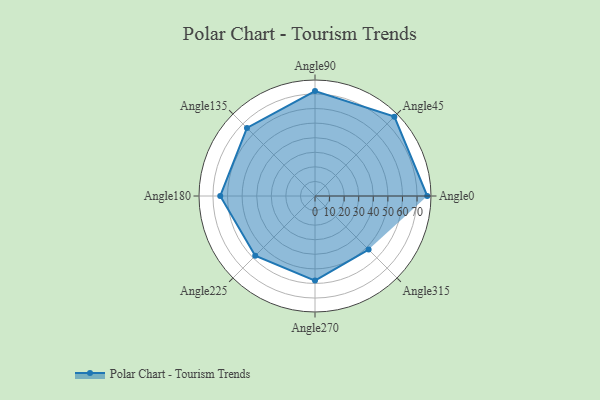
{"axis": {"x": "Angle", "y": "Radius"}, "legend": [""], "data": [{"x": "Angle0", "y": 77.0, "type": ""}, {"x": "Angle45", "y": 77.0, "type": ""}, {"x": "Angle90", "y": 72.0, "type": ""}, {"x": "Angle135", "y": 66.0, "type": ""}, {"x": "Angle180", "y": 65.0, "type": ""}, {"x": "Angle225", "y": 58.0, "type": ""}, {"x": "Angle270", "y": 58.0, "type": ""}, {"x": "Angle315", "y": 52.0, "type": ""}]}